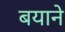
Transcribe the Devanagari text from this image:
बयाने